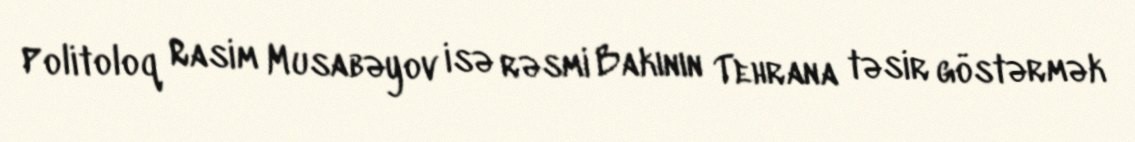
Politoloq Rasim Musabəyov isə rəsmi Bakının Tehrana təsir göstərmək